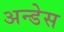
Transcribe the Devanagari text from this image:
अन्डेस